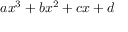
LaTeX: \; a x ^ { 3 } + b x ^ { 2 } + c x + d